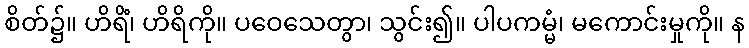
စိတ်၌။ ဟိရိံ၊ ဟိရိကို။ ပဝေသေတွာ၊ သွင်း၍။ ပါပကမ္မံ၊ မကောင်းမှုကို။ န